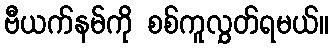
ဗီယက်နမ်ကို စစ်ကူလွှတ်ရမယ်။